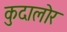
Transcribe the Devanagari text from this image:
कुदालोर